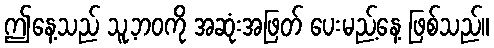
ဤနေ့သည် သူ့ဘဝကို အဆုံးအဖြတ် ပေးမည့်နေ့ ဖြစ်သည်။